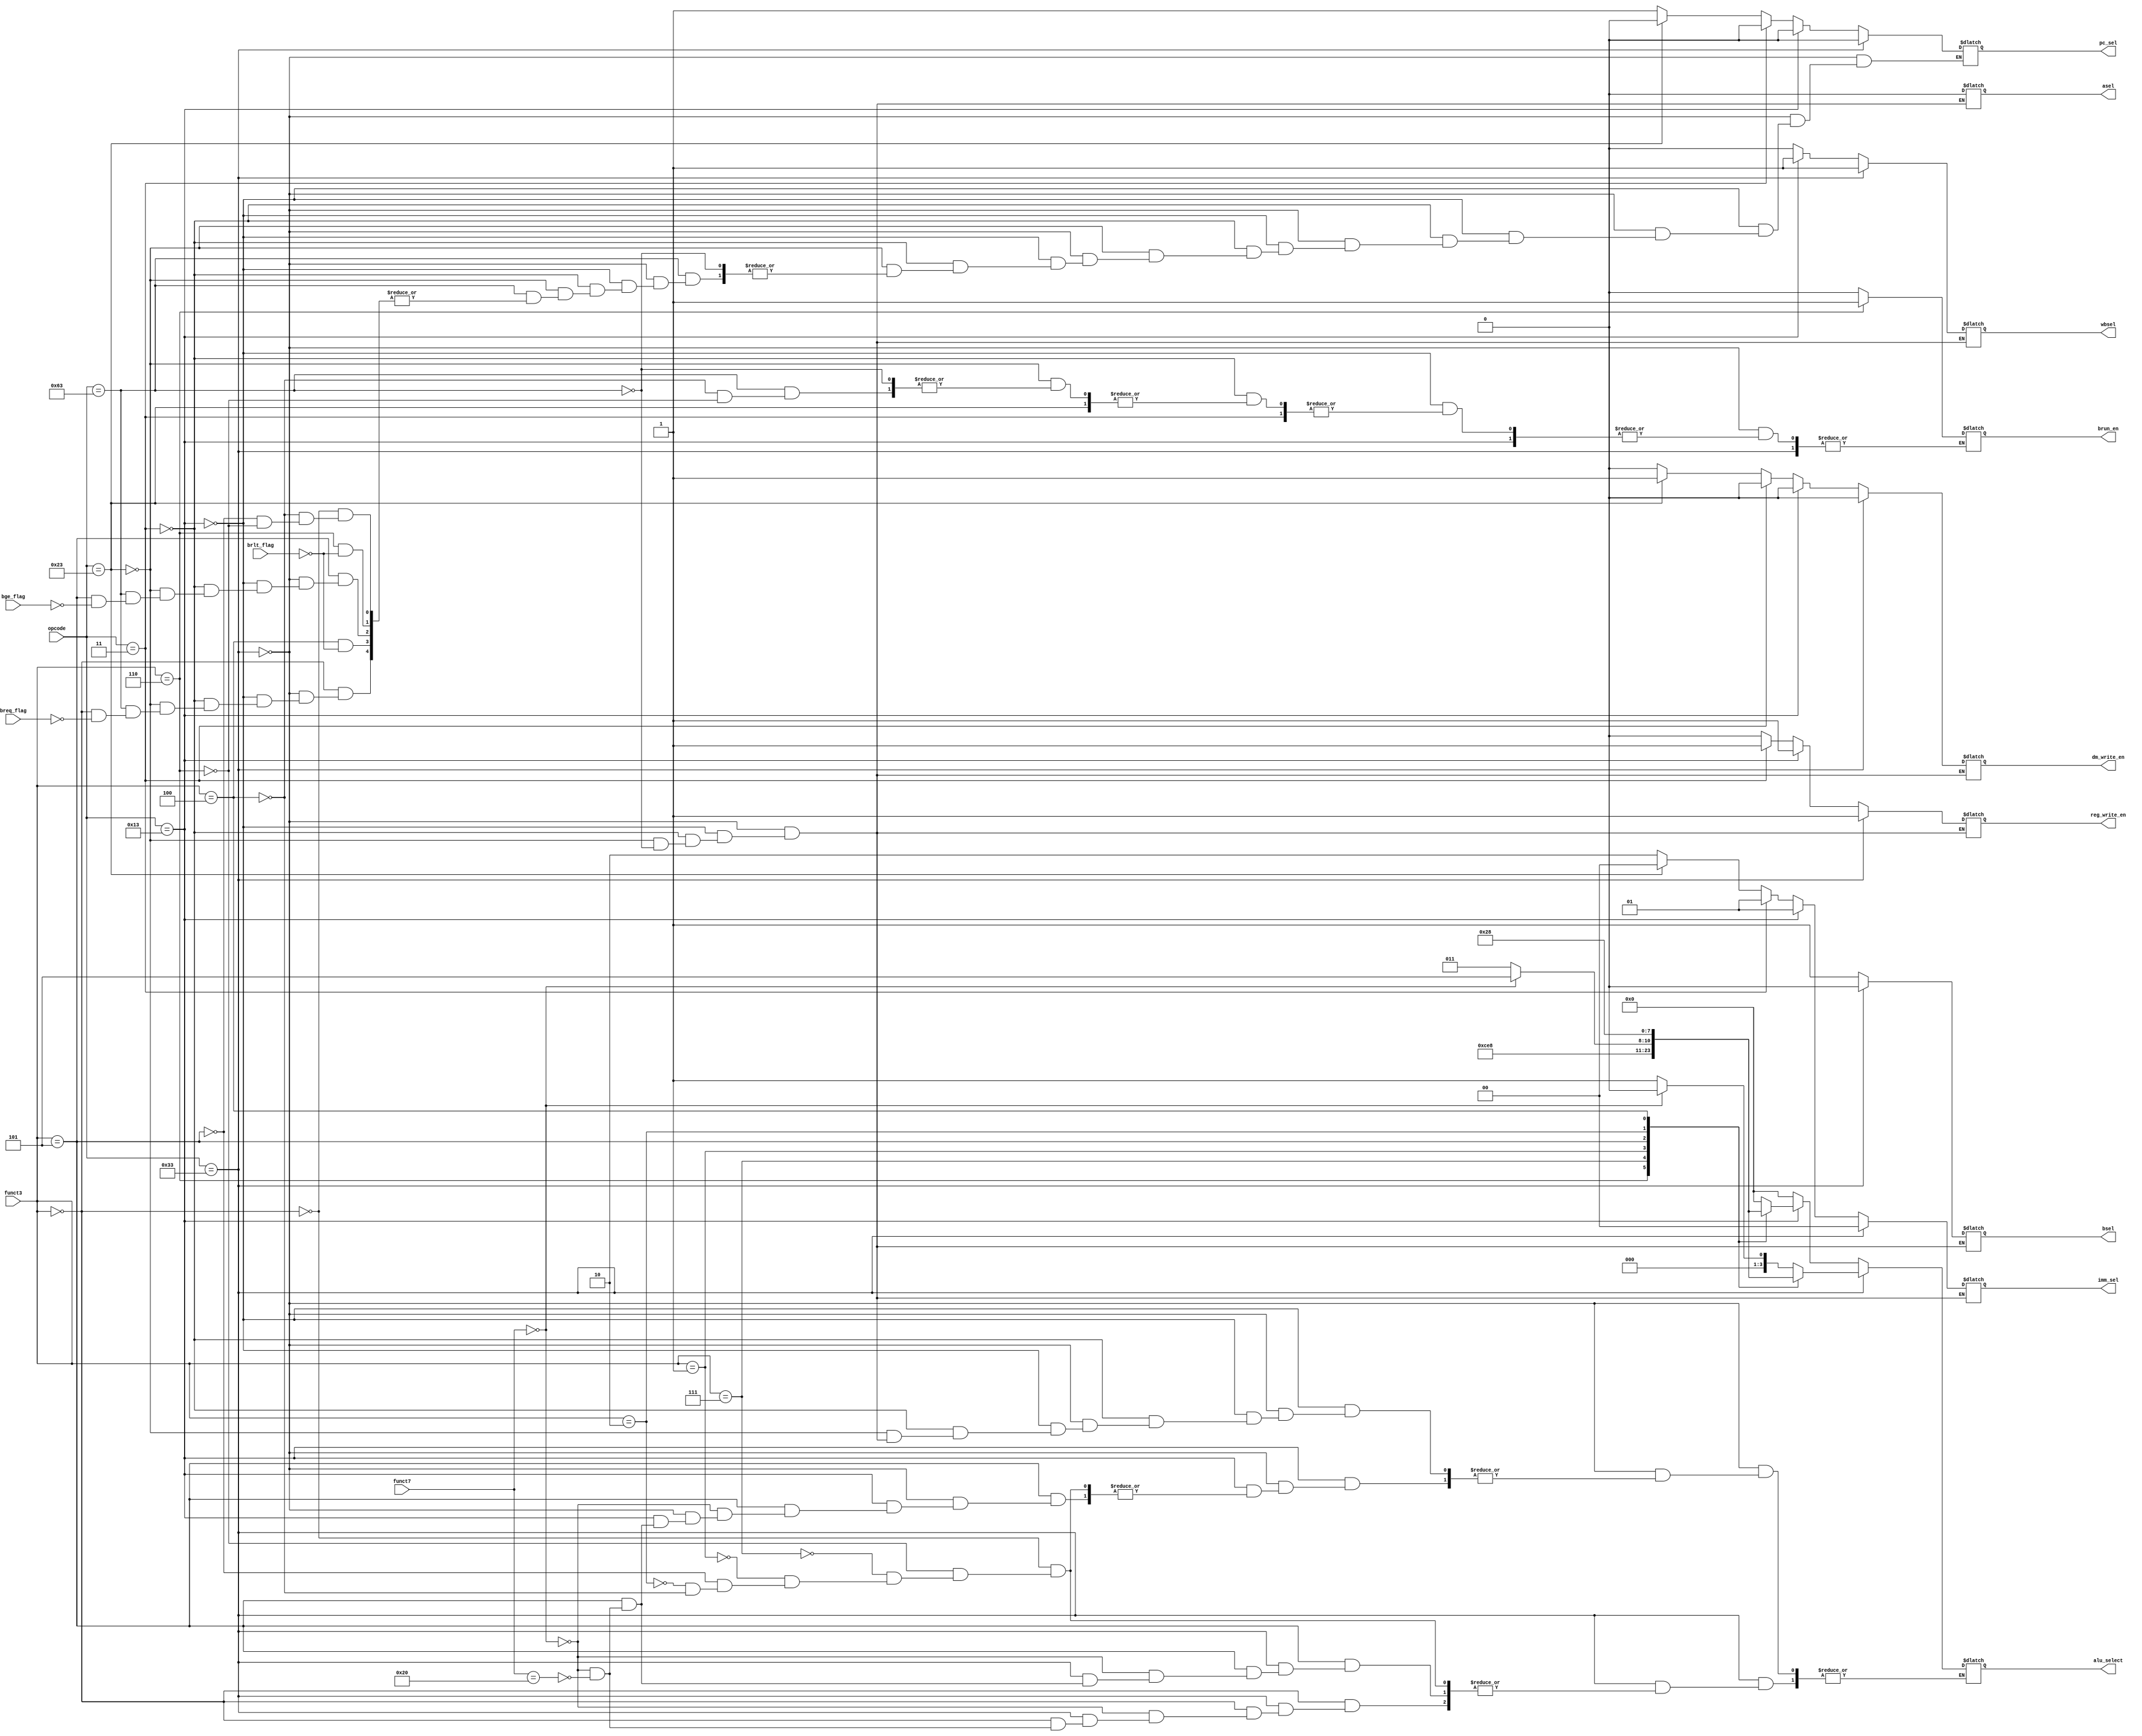
module ControlUnit(
input [6:0] funct7,
input [2:0] funct3,
input [6:0] opcode,
input breq_flag,
input brlt_flag,
input bge_flag,
output reg [3:0] alu_select,
output reg reg_write_en,
output reg [1:0]imm_sel,
output reg bsel,
output reg asel,
output reg dm_write_en,
output reg wbsel,
output reg brun_en,
output reg pc_sel
);

always @(funct7 or funct3 or opcode)
    begin
        if(opcode == 7'b0110011) begin // R-type instructions

            reg_write_en <= 1;
            imm_sel <= 0; //dont care
            bsel <= 0;
            asel <= 0;
            wbsel <= 1;
            dm_write_en <= 0; 
            pc_sel <= 0;

            case(funct3)
                3'b000: begin
                         if(funct7 == 0)
                          alu_select = 4'b0000; // ADD
                         else if(funct7 == 32)
                          alu_select = 4'b0001; // SUB
                        end
                3'b110: alu_select = 4'b0110; // OR
                3'b111: alu_select = 4'b0111; // AND
                3'b001: alu_select = 4'b0100; // SLL
                3'b101: begin
                         if (funct7 == 0)
                          alu_select = 4'b0101; // SRL
                         else if(funct7 == 32)
                          alu_select = 4'b0011; // SRA
                        end
		3'b010: alu_select = 4'b0010; // SLT
		3'b100: alu_select = 4'b1000; // XOR
            endcase

        end

        else if(opcode == 7'b0010011) begin //I-type instructions

            reg_write_en <= 1;
            imm_sel <= 1;
            bsel <= 1;
            asel <= 0;
            wbsel <= 1;
            dm_write_en <= 0;
            pc_sel <= 0;

            case(funct3)
                3'b000: alu_select = 4'b0000; // ADDI
                3'b110: alu_select = 4'b0110; // ORI
                3'b111: alu_select = 4'b0111; // ANDI
                3'b001: alu_select = 4'b0100; // SLLI
                3'b101: begin
                         if (funct7 == 0)
                          alu_select = 4'b0101; // SRLI
                         else if(funct7 == 32)
                          alu_select = 4'b0011; // SRAI
                        end
		3'b010: alu_select = 4'b0010; // SLTI
		3'b100: alu_select = 4'b1000; // XORI
            endcase

         end

         else if(opcode == 7'b0000011) begin //Load word
               
            reg_write_en <= 1;
            imm_sel <= 1;
            bsel <= 1;
            asel <= 0;
            wbsel <= 0;
            dm_write_en <= 0;
            pc_sel <= 0;

            alu_select = 4'b0000; //Adding base + offset

         end

         else if(opcode == 7'b0100011) begin //Store word
               
            reg_write_en <= 0; //no write back
            imm_sel <= 0; //S-format imm generation
            bsel <= 1; 
            asel <= 0;
            wbsel <= 0; //don't care
            dm_write_en <= 1;
            pc_sel <= 0;

            alu_select = 4'b0000; //Adding base + offset

         end

         else if(opcode == 7'b1100011) begin //Branch
               
            reg_write_en <= 0; 
            imm_sel <= 2'b10; //for B-format imm generation
            bsel <= 1; 
            asel <= 0; //to select pc
            wbsel <= 0; //dont care
            dm_write_en <= 0; //dmem will be in read mode
            pc_sel <= 0;

            alu_select = 4'b0000; //Adding base + offset

            case(funct3)
                3'b000: begin
                         if (breq_flag)
                           pc_sel = 1;
                        end
                3'b100: begin //signed comparison
                          brun_en <= 0;
                         if (brlt_flag)
                           pc_sel <= 1;
                        end
                3'b101: begin
                         if (bge_flag)
                           pc_sel = 1;
                        end
                3'b110: begin //unsigned comparison
                           brun_en <= 1;
                         if (brlt_flag)
                           pc_sel <= 1;
                        end
             endcase

         end

    end

endmodule